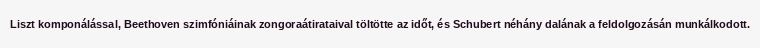
Liszt komponálással, Beethoven szimfóniáinak zongoraátirataival töltötte az időt, és Schubert néhány dalának a feldolgozásán munkálkodott.